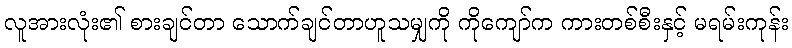
လူအားလုံး၏ စားချင်တာ သောက်ချင်တာဟူသမျှကို ကိုကျော်က ကားတစ်စီးနှင့် မရမ်းကုန်း